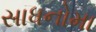
સાધનોમા